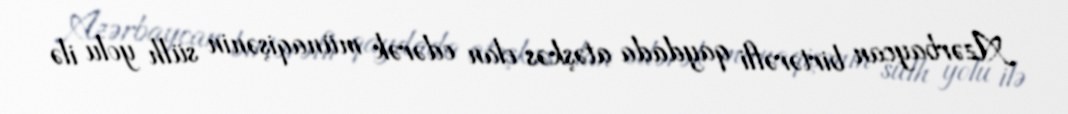
Azərbaycan birtərəfli qaydada atəşkəs elan edərək münaqişənin sülh yolu ilə